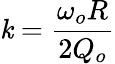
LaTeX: \mathit{k}={\frac{{\omega_{o}R}}{{2Q_{o}}}}